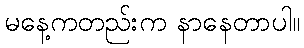
မနေ့ကတည်းက နာနေတာပါ။